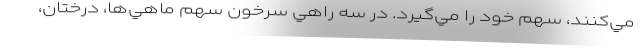
مي‌كنند، سهم خود را مي‌گيرد. در سه راهي سرخون سهم ماهي‌ها، درختان،